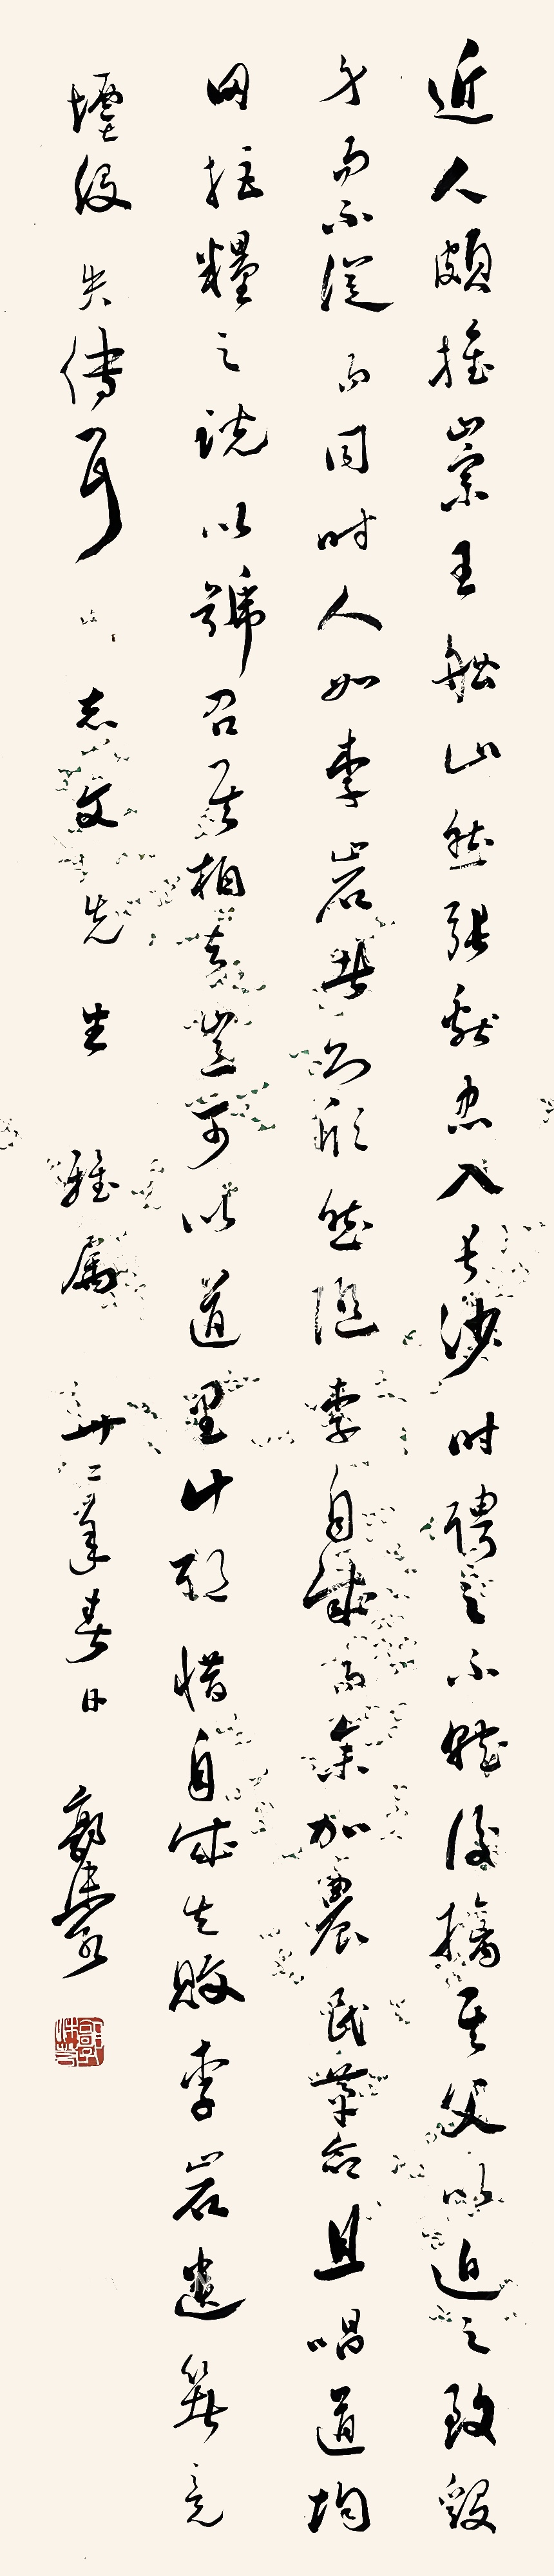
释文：近人颇推崇王船山，然张献忠入长沙时聘之不就，后擒其父以迫之，至毁身而不从。而同时人如李岩者，则欣然随李自成而参加农民革命，且唱道均田拒粮之说以号召，其相去岂可以道里计耶？惜自成失败，李岩遗著竟堙没失传耳。志文先生雅属，卅二（1943）年春日，郭沫若。